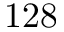
1 2 8